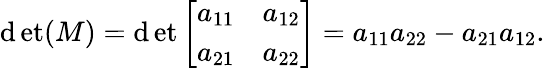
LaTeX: \operatorname*{\mathrm{d}et}(M)=\operatorname*{\mathrm{d}et}{\left[\begin{array}{ll}{a_{11}}&{a_{12}}\\ {a_{21}}&{a_{22}}\end{array}\right]}=a_{11}a_{22}-a_{21}a_{12}.